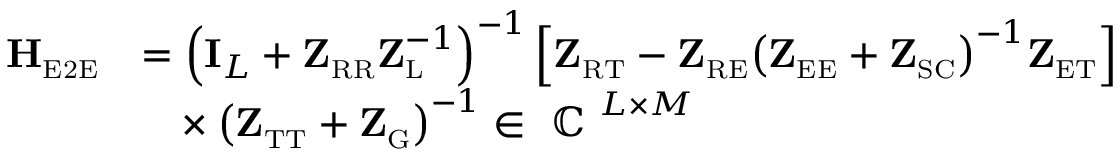
\begin{array} { r l } { \mathbf { H } _ { \scriptscriptstyle \mathrm { E 2 E } } } & { = \left( \mathbf { I } _ { L } + \mathbf { Z } _ { \scriptscriptstyle \mathrm { R } \scriptscriptstyle \mathrm { R } } \mathbf { Z } _ { \scriptscriptstyle \mathrm { L } } ^ { - 1 } \right) ^ { - 1 } \Big [ \mathbf { Z } _ { \scriptscriptstyle \mathrm { R } \scriptscriptstyle \mathrm { T } } - \mathbf { Z } _ { \scriptscriptstyle \mathrm { R } \scriptscriptstyle \mathrm { E } } \big ( \mathbf { Z } _ { \scriptscriptstyle \mathrm { E } \scriptscriptstyle \mathrm { E } } + \mathbf { Z } _ { \scriptscriptstyle \mathrm { S C } } \big ) ^ { - 1 } \mathbf { Z } _ { \scriptscriptstyle \mathrm { E } \scriptscriptstyle \mathrm { T } } \Big ] } \\ & { \phantom { = } \times \left( \mathbf { Z } _ { \scriptscriptstyle \mathrm { T } \scriptscriptstyle \mathrm { T } } + \mathbf { Z } _ { \scriptscriptstyle \mathrm { G } } \right) ^ { - 1 } \in \mathrm { ~ \mathbb { C } ~ } ^ { L \times M } } \end{array}